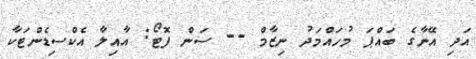
އަދި އޭނާގެ ބައްޕަ މުހައްމަދު ނިޒާމް -- ސަން ފޮޓޯ: އާއިލާ އެކްސިޑެންޓަކާ